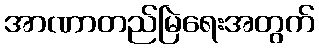
အာဏာတည်မြဲရေးအတွက်